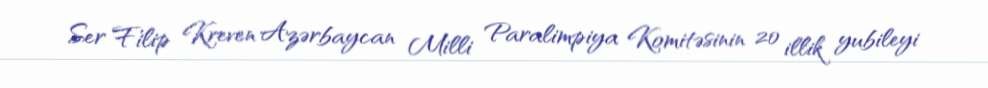
Ser Filip Kreven Azərbaycan Milli Paralimpiya Komitəsinin 20 illik yubileyi